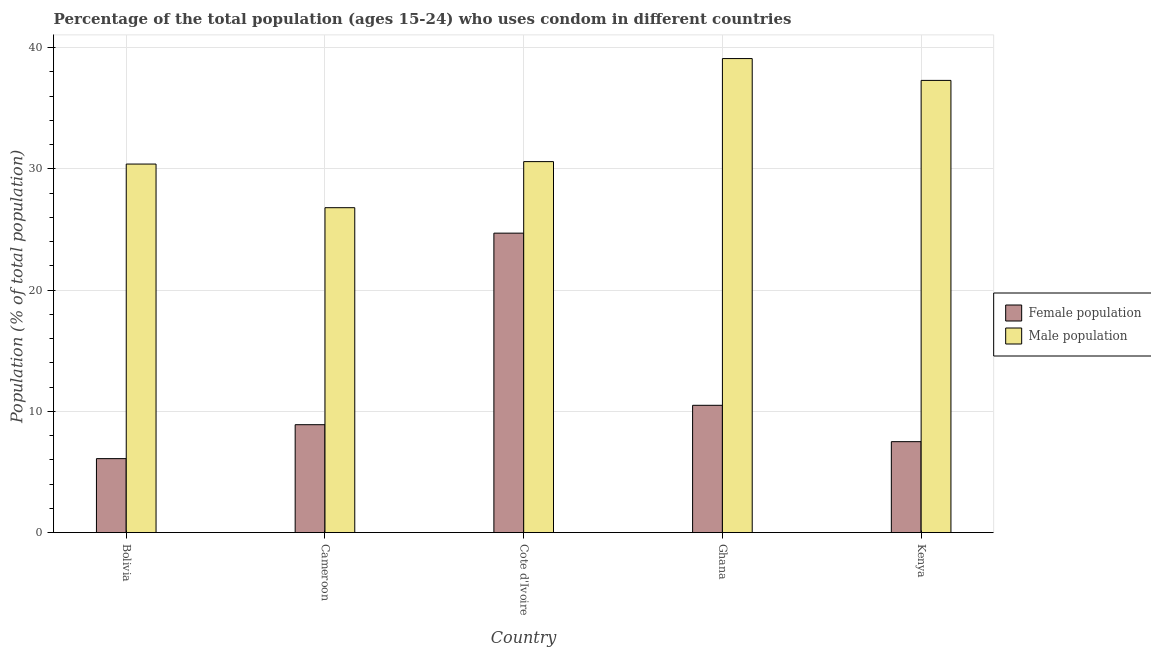
| Country | Female population | Male population |
 | --- | --- | --- |
 | Bolivia | 6.1 | 30.4 |
 | Cameroon | 8.9 | 26.8 |
 | Cote d'Ivoire | 24.7 | 30.6 |
 | Ghana | 10.5 | 39.1 |
 | Kenya | 7.5 | 37.3 |